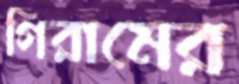
গিরামের